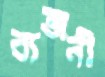
ব্যজনী